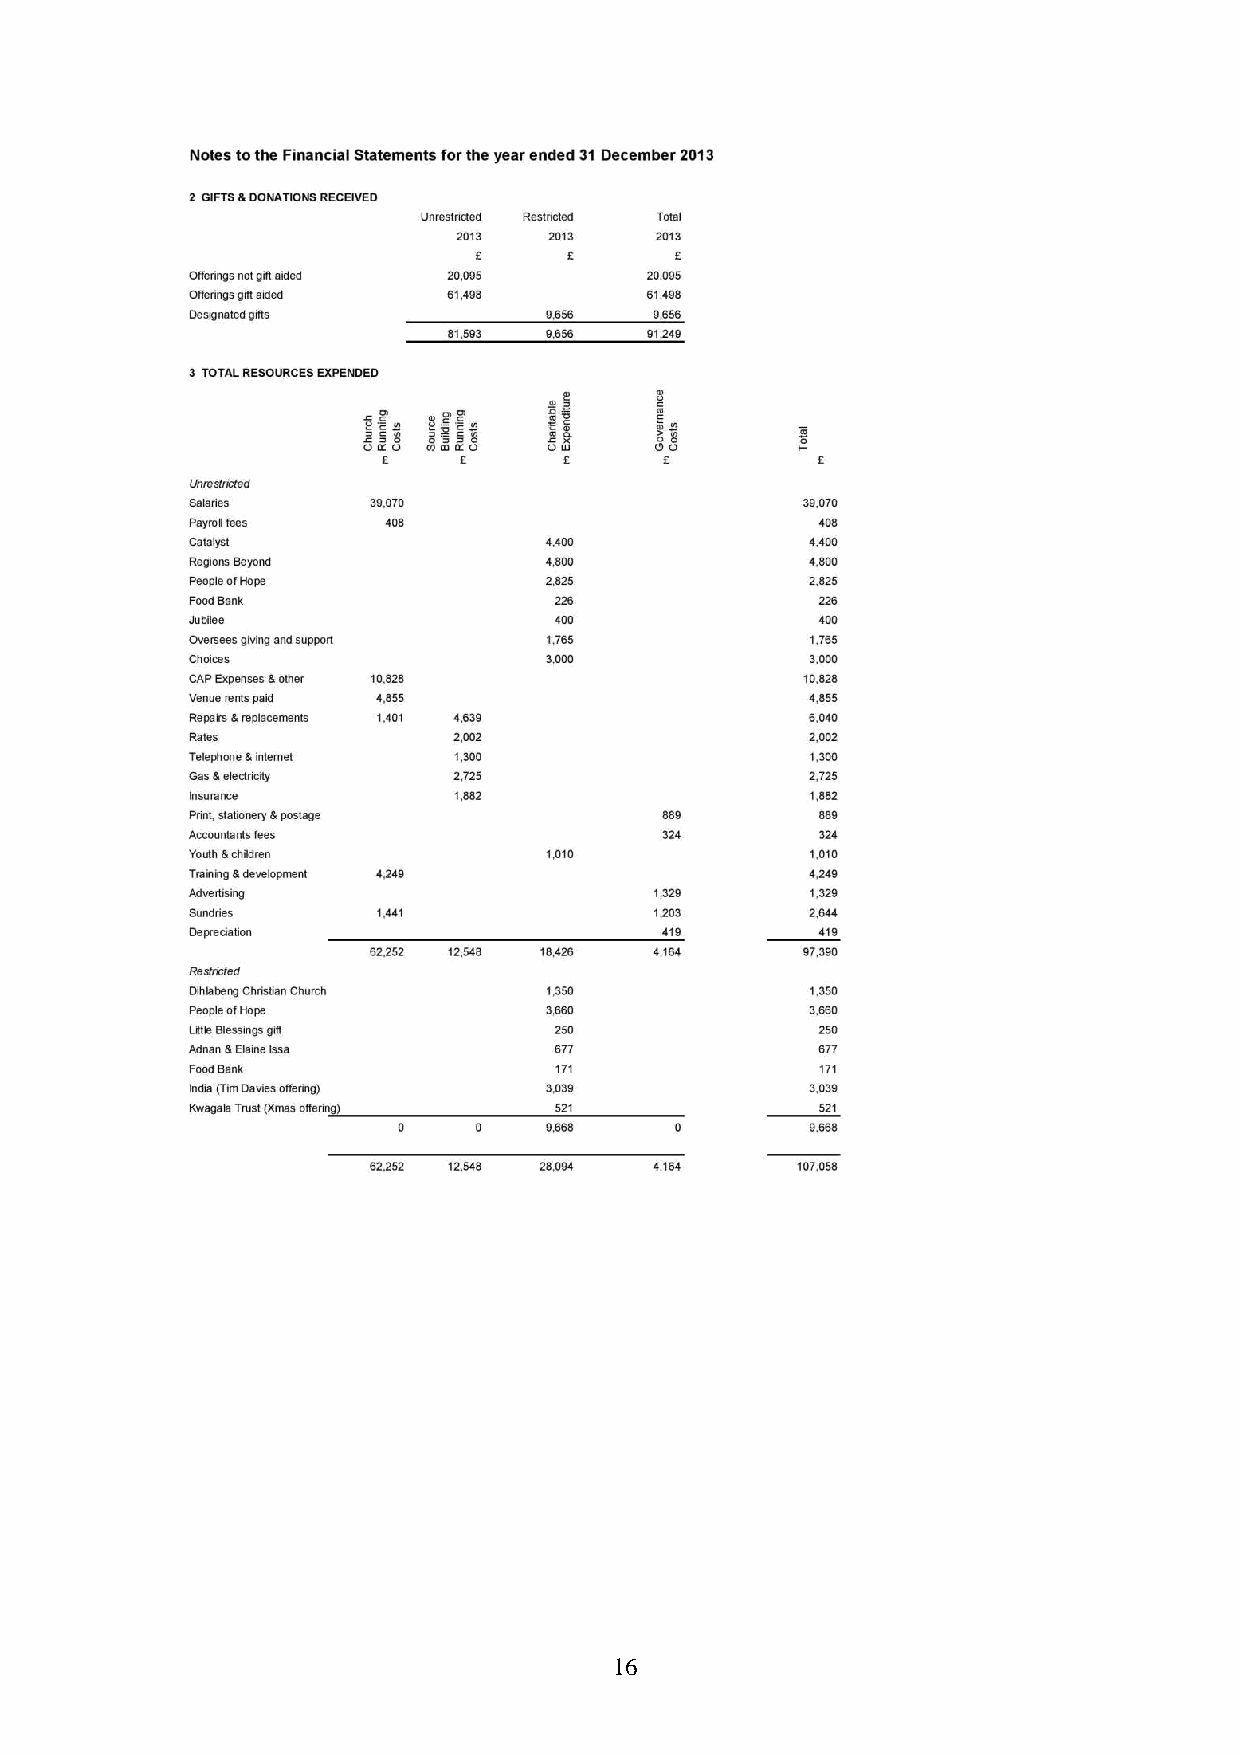
16